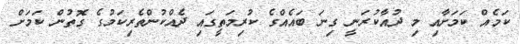
ކަމެއް ކަމަށާއި މި ދުއާކުރަނީ ގިނަ ބައެއްގެ ކުރިމަތީގައި ދެއްކުންތެރިކަމުގެ ގޮތުން ކަމަށް